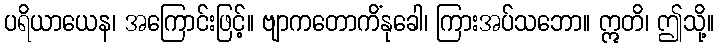
ပရိယာယေန၊ အကြောင်းဖြင့်။ ဗျာကတောကိံနုခေါ၊ ကြားအပ်သဘော။ ဣတိ၊ ဤသို့။